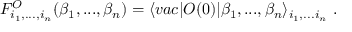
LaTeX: F _ { i _ { 1 } , . . . , i _ { n } } ^ { \cal O } ( \beta _ { 1 } , . . . , \beta _ { n } ) = \langle v a c \vert { \cal O } ( 0 ) \vert \beta _ { 1 } , . . . , \beta _ { n } \rangle _ { i _ { 1 } , . . . i _ { n } } \ .